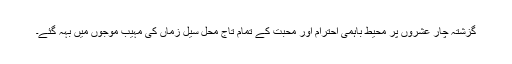
گزشتہ چار عشروں پر محیط باہمی احترام اور محبت کے تمام تاج محل سیل زماں کی مہیب موجوں میں بہہ گئے۔